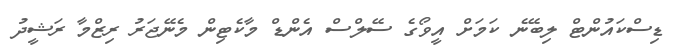
ޑިސްކައުންޓް ލިބޭނެ ކަމަށް އީވޯގެ ސޭލްސް އެންޑް މާކެޓިން މެނޭޖަރު ރިޒްމާ ރަޝީދު